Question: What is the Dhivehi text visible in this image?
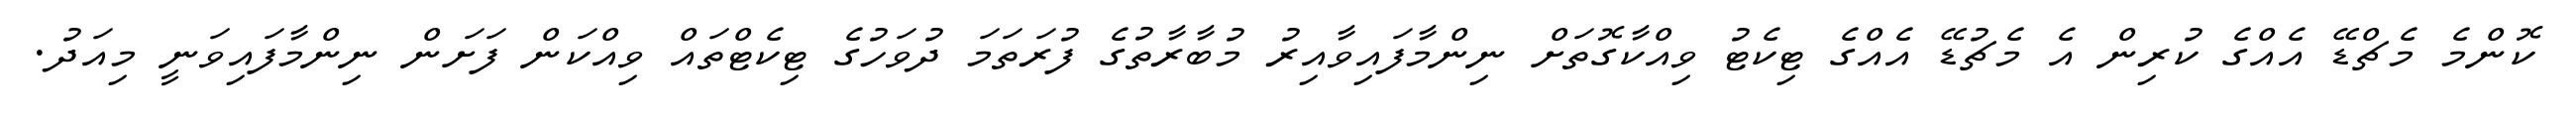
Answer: ކޮންމެ މެޗްޑޭ އެއްގެ ކުރިން އެ މެޗުޑޭ އެއްގެ ޓިކެޓު ވިއްކާގޮތަށް ނިންމާފައިވާއިރު މުބާރާތުގެ ފުރަތަމަ ދުވަހުގެ ޓިކެޓްތައް ވިއްކަން ފަށަން ނިންމާފައިވަނީ މިއަދު.